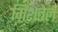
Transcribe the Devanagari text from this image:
मिशतेल